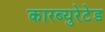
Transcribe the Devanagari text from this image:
कारब्युरेटेड